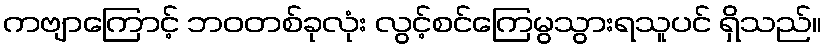
ကဗျာကြောင့် ဘဝတစ်ခုလုံး လွင့်စင်ကြေမွသွားရသူပင် ရှိသည်။